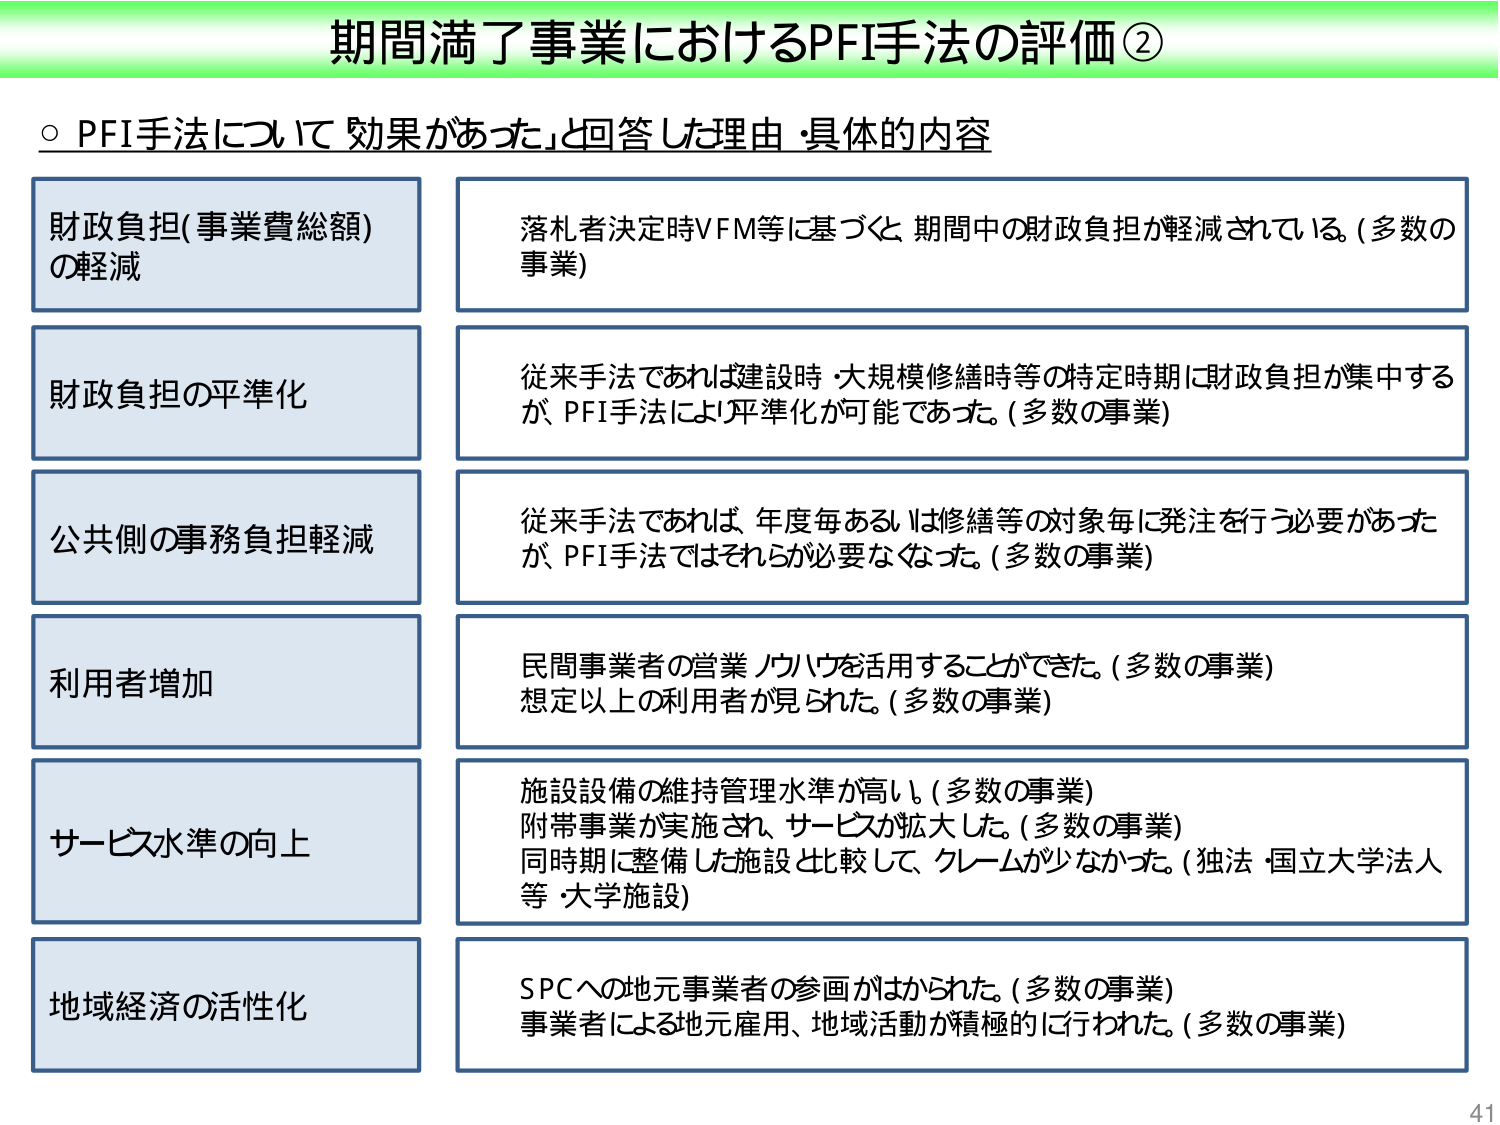
期間満了事業におけるPFI手法の評価②

○ PFI手法について「効果があった」と回答した理由・具体的な内容

財政負担(事業費総額)
の軽減
落札者決定時VFM等に基づくと、期間中の財政負担が軽減されている。(多数の事業)

財政負担の平準化
従来手法であれば建設時・大規模修繕時等の特定時期に財政負担が集中するが、PFI手法により平準化が可能であった。(多数の事業)

公共側の事務負担軽減
従来手法であれば、年度毎あるいは修繕等の対象毎に発注を行う必要があったが、PFI手法ではそれらが必要なくなった。(多数の事業)

利用者増加
民間事業者の営業ノウハウを活用することができた。(多数の事業)
想定以上の利用者が見られた。(多数の事業)

サービス水準の向上
施設設備の維持管理水準が高い。(多数の事業)
附帯事業が実施され、サービスが拡大した。(多数の事業)
同時期に整備した施設と比較して、クレームが少なかった。(独法・国立大学法人等・大学施設)

地域経済の活性化
SPCへの地元事業者の参画がみられた。(多数の事業)
事業者による地元雇用、地域活動が積極的に行われた。(多数の事業)

41